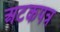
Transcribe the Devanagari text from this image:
अटकपत्र